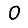
Digit: 0